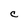
Character: C